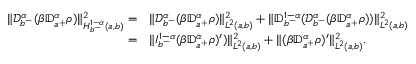
\begin{array} { r l } { \| { \mathcal D } _ { b ^ { - } } ^ { \alpha } ( \beta { \mathbb D } _ { a ^ { + } } ^ { \alpha } \rho ) \| _ { H _ { b ^ { - } } ^ { 1 - \alpha } ( a , b ) } ^ { 2 } = } & { \| { \mathcal D } _ { b ^ { - } } ^ { \alpha } ( \beta { \mathbb D } _ { a ^ { + } } ^ { \alpha } \rho ) \| _ { L ^ { 2 } ( a , b ) } ^ { 2 } + \| { \mathbb D } _ { b ^ { - } } ^ { 1 - \alpha } ( { \mathcal D } _ { b ^ { - } } ^ { \alpha } ( \beta { \mathbb D } _ { a ^ { + } } ^ { \alpha } \rho ) ) \| _ { L ^ { 2 } ( a , b ) } ^ { 2 } } \\ { = } & { \| I _ { b ^ { - } } ^ { 1 - \alpha } ( \beta { \mathbb D } _ { a ^ { + } } ^ { \alpha } \rho ) ^ { \prime } ) \| _ { L ^ { 2 } ( a , b ) } ^ { 2 } + \| ( \beta { \mathbb D } _ { a ^ { + } } ^ { \alpha } \rho ) ^ { \prime } \| _ { L ^ { 2 } ( a , b ) } ^ { 2 } . } \end{array}